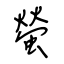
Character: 螢